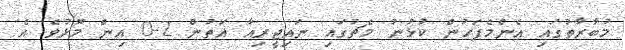
މުބާރާތުގައި އެންމެފަހުން ކުޅުނު މެޗުގައި ނައިޖީރިއާ އަތުން 2-0 އިން މޮޅުވެ އެ